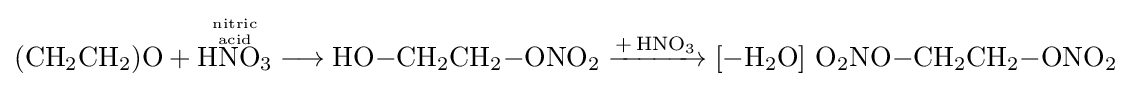
{(\mathrm {CH} {\vphantom {A}}_{\smash[{t}]{2}}\mathrm {CH} {\vphantom {A}}_{\smash[{t}]{2}})\mathrm {O} {}+{}{\overset {\mathrm {nitric}  \atop \mathrm {acid} }{\mathrm {HNO} {\vphantom {A}}_{\smash[{t}]{3}}}}{}\mathrel {\longrightarrow } {}\mathrm {HO} {-}\mathrm {CH} {\vphantom {A}}_{\smash[{t}]{2}}\mathrm {CH} {\vphantom {A}}_{\smash[{t}]{2}}{-}\mathrm {ONO} {\vphantom {A}}_{\smash[{t}]{2}}{}\mathrel {\xrightarrow {{+}\,\mathrm {HNO} {\vphantom {A}}_{\smash[{t}]{3}}} } {}[{-}\mathrm {H} {\vphantom {A}}_{\smash[{t}]{2}}\mathrm {O} ]~\mathrm {O} {\vphantom {A}}_{\smash[{t}]{2}}\mathrm {NO} {-}\mathrm {CH} {\vphantom {A}}_{\smash[{t}]{2}}\mathrm {CH} {\vphantom {A}}_{\smash[{t}]{2}}{-}\mathrm {ONO} {\vphantom {A}}_{\smash[{t}]{2}}}